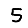
Digit: 5